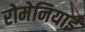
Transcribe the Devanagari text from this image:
रोमेनियाई